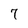
Character: 7